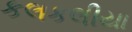
કલકલીયા